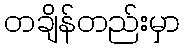
တချိန်တည်းမှာ